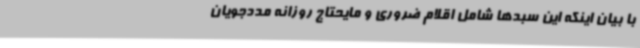
با بیان اینکه این سبدها شامل اقلام ضروری و مایحتاج روزانه مددجویان